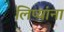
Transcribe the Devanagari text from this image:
लिप्यांना